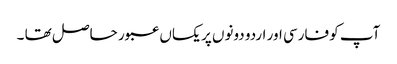
آپ کو فارسی اور اردو دونوں پر یکساں عبور حاصل تھا ۔